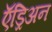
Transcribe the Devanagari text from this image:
ऍड्रिअन